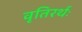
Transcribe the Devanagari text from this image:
वृतिरर्थः